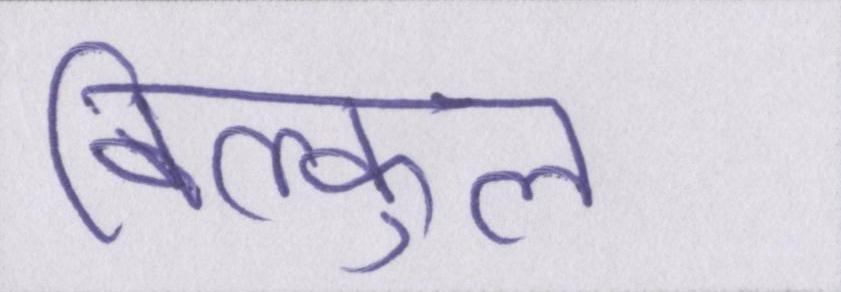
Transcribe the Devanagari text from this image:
बिल्कुल